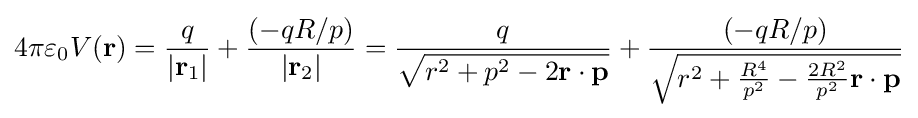
4\pi \varepsilon _{0}V(\mathbf {r} )={\frac {q}{|\mathbf {r} _{1}|}}+{\frac {(-qR/p)}{|\mathbf {r} _{2}|}}={\frac {q}{\sqrt {r^{2}+p^{2}-2\mathbf {r} \cdot \mathbf {p} }}}+{\frac {(-qR/p)}{\sqrt {r^{2}+{\frac {R^{4}}{p^{2}}}-{\frac {2R^{2}}{p^{2}}}\mathbf {r} \cdot \mathbf {p} }}}